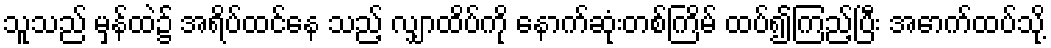
သူသည် မှန်ထဲ၌ အရိပ်ထင်နေ သည့် လျှာထိပ်ကို နောက်ဆုံးတစ်ကြိမ် ထပ်၍ကြည့်ပြီး အောက်ထပ်သို့